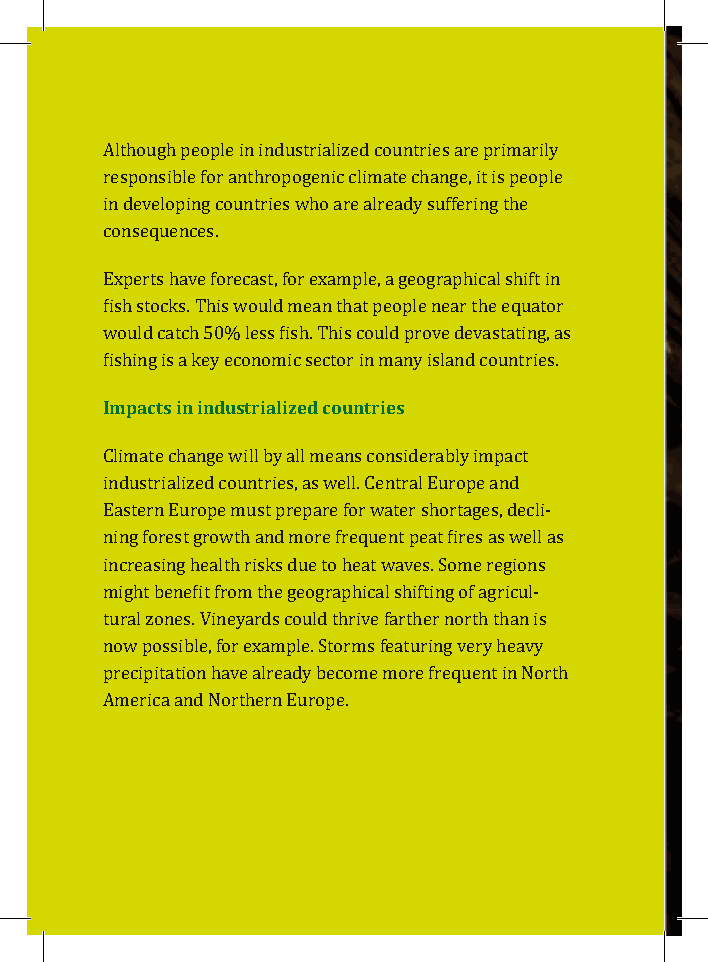
Although people in industrialized countries are primarily
 responsible for anthropogenic climate change, it is people
 in developing countries who are already suffering the
 consequences.
 Experts have forecast, for example, a geographical shift in
 fish stocks. This would mean that people near the equator
 would catch 50% less fish. This could prove devastating, as
 fIimshpiancgt iss ian k ienyd eucsotnrioamliizce sde cctoourn intr mieasny island countries.
 Climate change will by all means considerably impact
 industrialized countries, as well. Central Europe and
 Eastern Europe must prepare for water shortages, decli-
 ning forest growth and more frequent peat fires as well as
 increasing health risks due to heat waves. Some regions
 might benefit from the geographical shifting of agricul-
 tural zones. Vineyards could thrive farther north than is
 now possible, for example. Storms featuring very heavy
 precipitation have already become more frequent in North
 America and Northern Europe.
 2 0